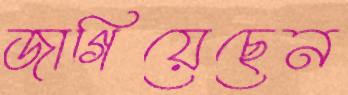
জাগিয়েছেন